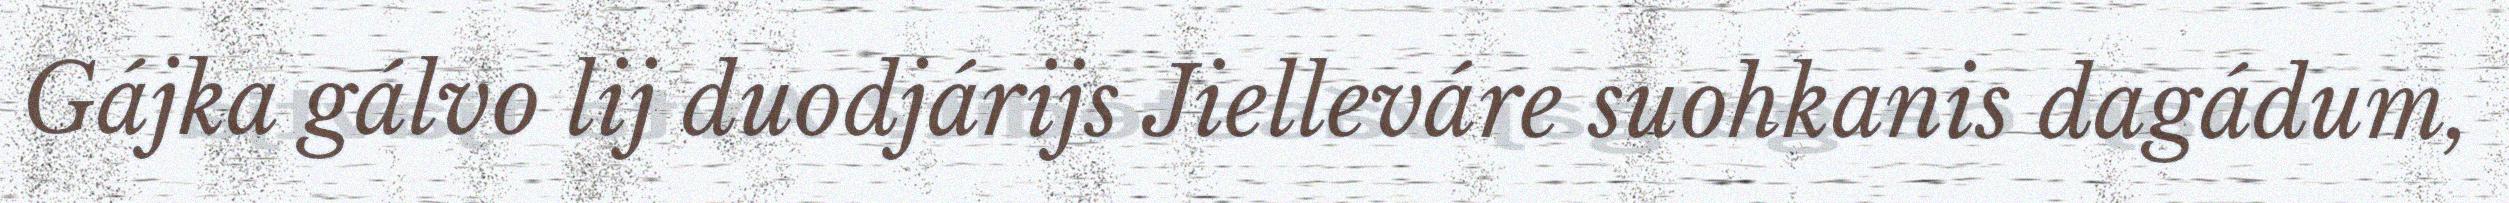
Gájka gálvo lij duodjárijs Jielleváre suohkanis dagádum,